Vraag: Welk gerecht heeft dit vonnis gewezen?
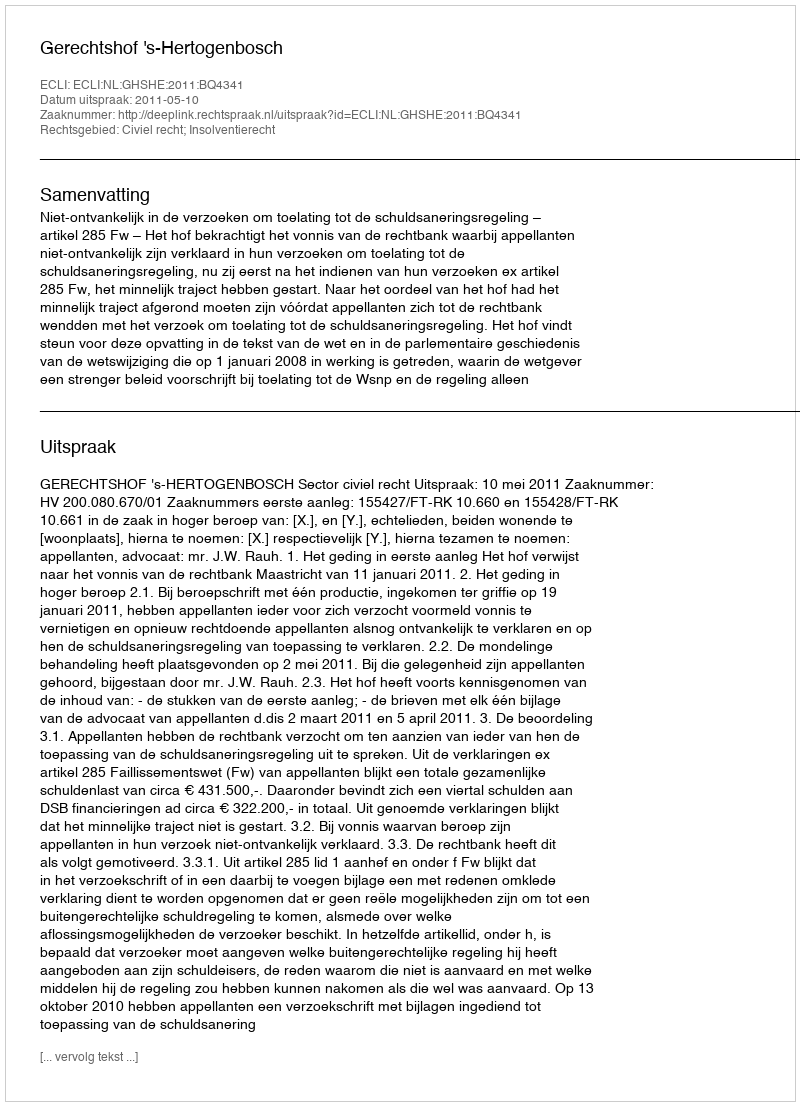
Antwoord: Gerechtshof 's-Hertogenbosch